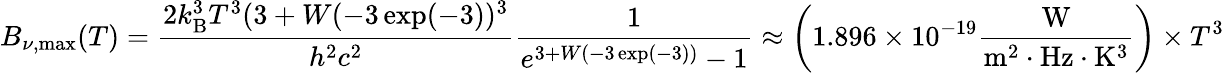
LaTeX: B_{\nu,{\mathrm{max}}}(T)={\frac{2k_{\mathrm{B}}^{3}T^{3}(3+W(-3\exp(-3))^{3}}{h^{2}c^{2}}}{\frac{1}{e^{3+W(-3\exp(-3))}-1}}\approx\left(1.896\times 10^{-19}{\frac{\mathrm{W}}{{\mathrm{m}}^{2}\cdot{\mathrm{Hz}}\cdot{\mathrm{K}}^{3}}}\right)\times T^{3}